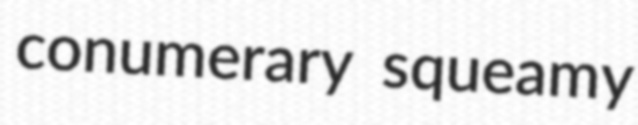
conumerary squeamy